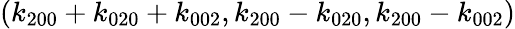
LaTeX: ({k_{200}}+{k_{020}}+{k_{002}},{k_{200}}-{k_{020}},{k_{200}}-{k_{002}})